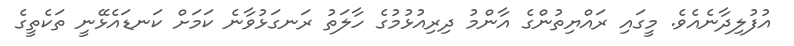
އުފުލިދާނެއެވެ. މީގައި ރައްޔިތުންގެ އާންމު ދިރިއުޅުމުގެ ހާލަތު ރަނގަޅުވާނެ ކަމަށް ކަނޑައެޅޭނީ ތަކެތީގެ